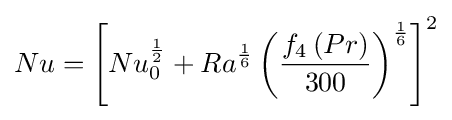
Nu=\left[Nu_{0}^{\frac {1}{2}}+Ra^{\frac {1}{6}}\left({\frac {f_{4}\left(Pr\right)}{300}}\right)^{\frac {1}{6}}\right]^{2}